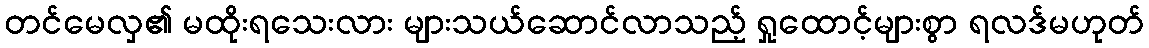
တင်မေလှ၏ မထိုးရသေးလား များသယ်ဆောင်လာသည့် ရှုထောင့်များစွာ ရလဒ်မဟုတ်